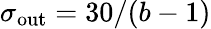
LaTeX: \sigma_{\mathrm{out}}=30/(b-1)